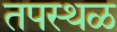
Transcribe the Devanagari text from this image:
तपस्थळ